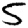
Digit: 5